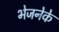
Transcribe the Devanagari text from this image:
भेजनेके